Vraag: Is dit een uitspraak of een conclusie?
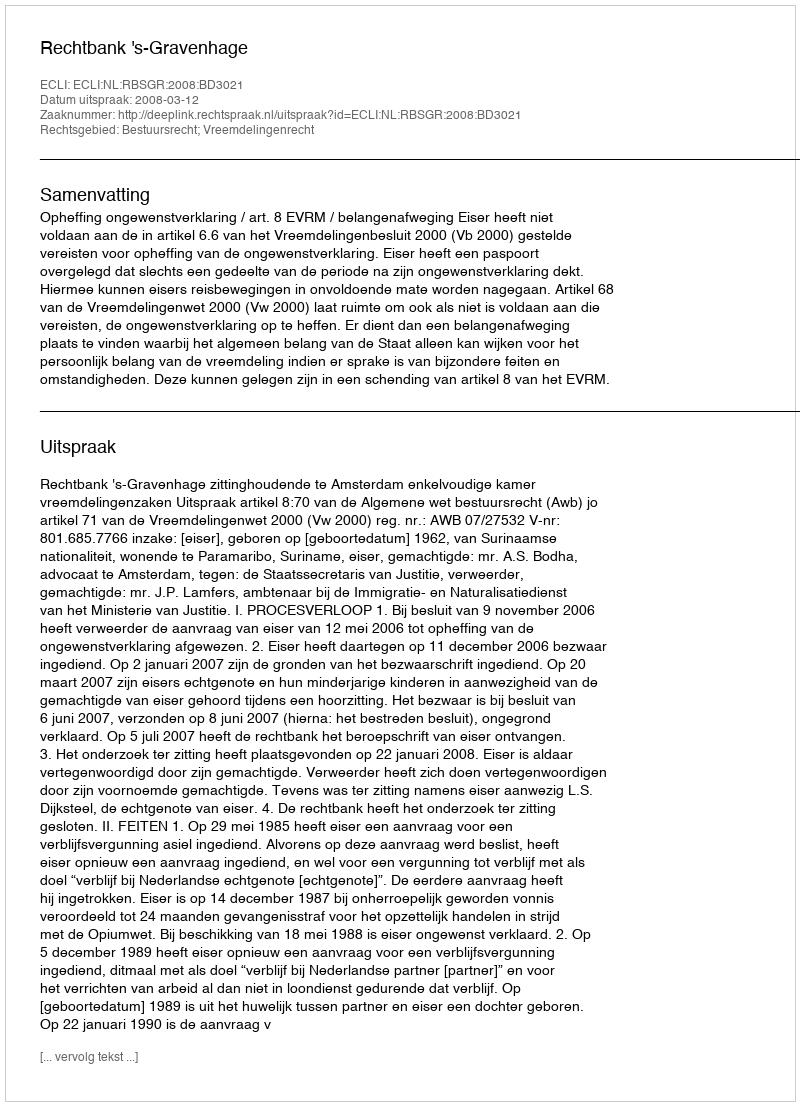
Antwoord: Uitspraak